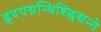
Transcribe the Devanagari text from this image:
हृदयग्रन्थिश्छिद्यन्ते